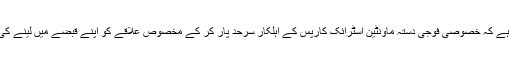
بھارتی فوج نے دھمکی دی ہے کہ خصوصی فوجی دستہ ماونٹین اسٹرائک کارپس کے اہلکار سرحد پار کر کے مخصوص علاقے کو اپنے قبضے میں لینے کی صلاحیت بھی رکھتے ہیں۔